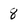
Character: 8